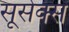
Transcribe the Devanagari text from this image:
सूसेक्स